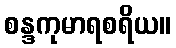
စန္ဒကုမာရစရိယ။